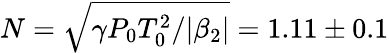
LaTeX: N=\sqrt{\gamma P_{0}T_{0}^{2}/|\beta_{2}|}=1.11\pm 0.1